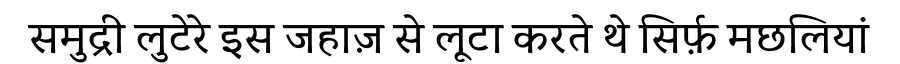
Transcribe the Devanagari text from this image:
समुद्री लुटेरे इस जहाज़ से लूटा करते थे सिर्फ़ मछलियां